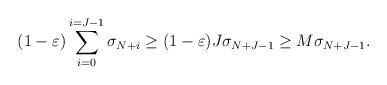
LaTeX: \begin{align*}(1-\varepsilon)\sum_{i=0}^{i=J-1}\sigma_{N+i}\ge (1-\varepsilon)J\sigma_{N+J-1}\ge M \sigma_{N+J-1}.\end{align*}